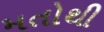
મતોથી